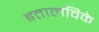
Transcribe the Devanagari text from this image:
इतालविके